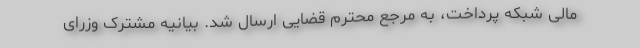
مالی شبکه پرداخت، به مرجع محترم قضایی ارسال شد. بیانیه مشترک وزرای